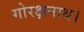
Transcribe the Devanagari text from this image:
गोरक्षनाथ।